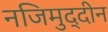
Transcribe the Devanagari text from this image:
नजिमुद्दीन